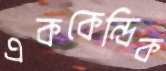
এককেন্দ্রিক